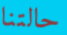
حالتنا